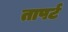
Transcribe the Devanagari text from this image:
तापर्ट